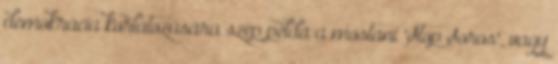
demokrácia korlátozására szép példa a mostani "Stop Soros", vagy